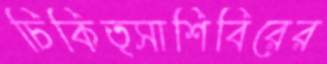
চিকিত্সাশিবিরের